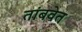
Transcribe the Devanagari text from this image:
तांबवेत